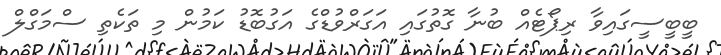
ބީބީސީގައިވާ ރިޕޯޓެއް ބުނާ ގޮތުގައި އަގަރްވުޑްގެ އަގުބޮޑު ކަމުން މި ތަކެތި ސްމަގްލް